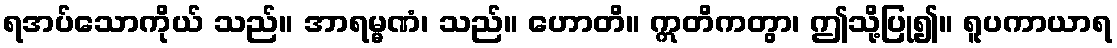
ရအပ်သောကိုယ် သည်။ အာရမ္မဏံ၊ သည်။ ဟောတိ။ ဣတိကတွာ၊ ဤသို့ပြု၍။ ရူပကာယာရ